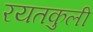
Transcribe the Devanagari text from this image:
रयतकुली